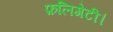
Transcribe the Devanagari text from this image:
फ़लिगेटी।